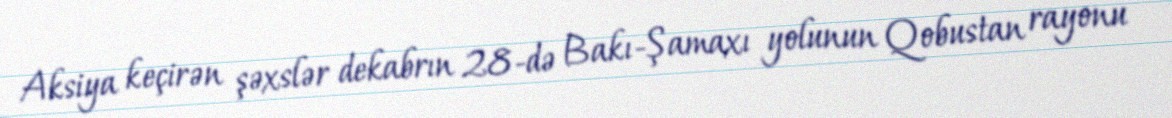
Aksiya keçirən şəxslər dekabrın 28-də Bakı-Şamaxı yolunun Qobustan rayonu